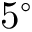
5 ^ { \circ }